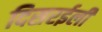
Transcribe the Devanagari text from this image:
दिसरईली